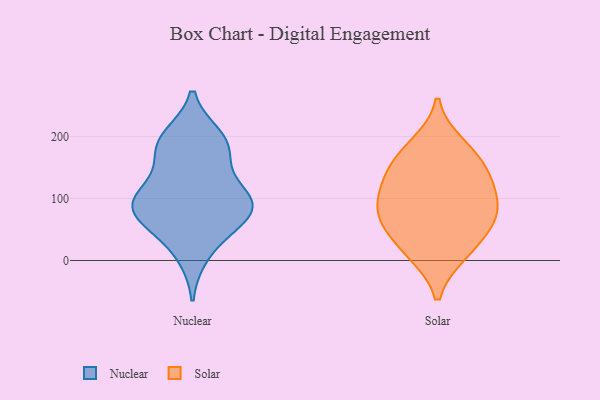
{"axis": {"x": "Latency (ms)", "y": "Value"}, "legend": ["Nuclear", "Solar"], "data": [{"x": "", "y": 87, "type": "Nuclear"}, {"x": "", "y": 64, "type": "Nuclear"}, {"x": "", "y": 174, "type": "Nuclear"}, {"x": "", "y": 198, "type": "Nuclear"}, {"x": "", "y": 10, "type": "Nuclear"}, {"x": "", "y": 84, "type": "Nuclear"}, {"x": "", "y": 183, "type": "Nuclear"}, {"x": "", "y": 90, "type": "Nuclear"}, {"x": "", "y": 94, "type": "Nuclear"}, {"x": "", "y": 121, "type": "Nuclear"}, {"x": "", "y": 190, "type": "Nuclear"}, {"x": "", "y": 51, "type": "Nuclear"}, {"x": "", "y": 101, "type": "Nuclear"}, {"x": "", "y": 60, "type": "Solar"}, {"x": "", "y": 14, "type": "Solar"}, {"x": "", "y": 93, "type": "Solar"}, {"x": "", "y": 61, "type": "Solar"}, {"x": "", "y": 95, "type": "Solar"}, {"x": "", "y": 140, "type": "Solar"}, {"x": "", "y": 187, "type": "Solar"}, {"x": "", "y": 144, "type": "Solar"}, {"x": "", "y": 65, "type": "Solar"}, {"x": "", "y": 118, "type": "Solar"}, {"x": "", "y": 11, "type": "Solar"}, {"x": "", "y": 171, "type": "Solar"}]}